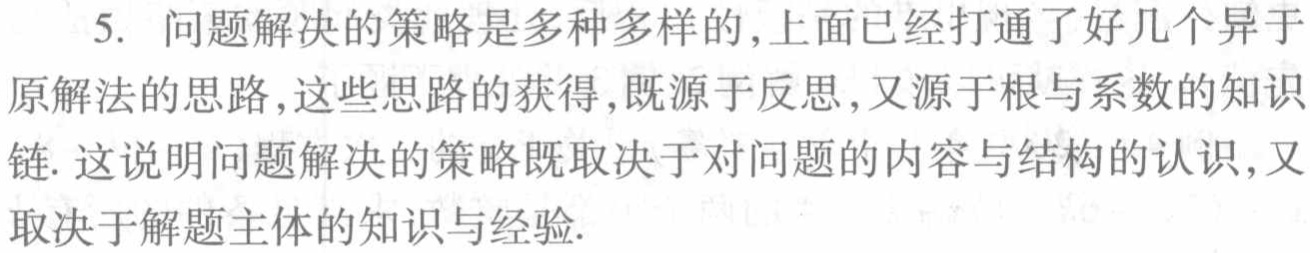
5. 问题解决的策略是多种多样的,上面已经打通了好几个异于原解法的思路,这些思路的获得,既源于反思,又源于根与系数的知识链. 这说明问题解决的策略既取决于对问题的内容与结构的认识,又取决于解题主体的知识与经验.